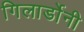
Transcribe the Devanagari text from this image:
गिलार्डोनी